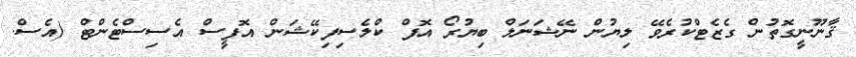
ޤާނޫނީގޮތުން ގެޒެޓްކުރެވޭ ލިޔުން ނޭޝަނަލް ބިޔުރޯ އޮފް ކްލެސިފިކޭޝަން އޮފީސް އެސިސްޓެންޓް (އެސް.